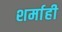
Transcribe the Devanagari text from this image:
शर्माही